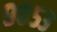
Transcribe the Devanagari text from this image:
९०५३